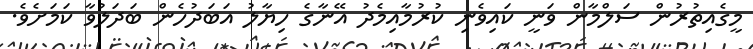
މީގެއިތުރުން ސަލްމާން ވަނީ ކައިވެނި ކުރުމާއިމެދު އޭނާގެ ހިޔާލު އަބަދުހެން ބަދަލުވާ ކަމަށެވެ.